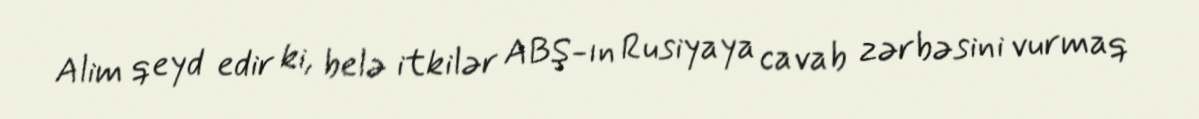
Alim qeyd edir ki, belə itkilər ABŞ-ın Rusiyaya cavab zərbəsini vurmaq